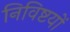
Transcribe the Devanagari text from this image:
निविष्टयों